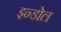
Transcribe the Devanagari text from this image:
इन्डोल